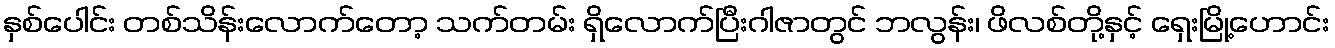
နှစ်ပေါင်း တစ်သိန်းလောက်တော့ သက်တမ်း ရှိလောက်ပြီးဂါဇာတွင် ဘလွန်း၊ ဖိလစ်တို့နှင့် ရှေးမြို့ဟောင်း